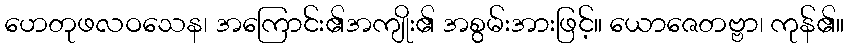
ဟေတုဖလဝသေန၊ အကြောင်း၏အကျိုး၏ အစွမ်းအားဖြင့်။ ယောဇေတဗ္ဗာ၊ ကုန်၏။